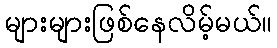
များများဖြစ်နေလိမ့်မယ်။